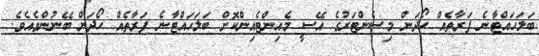
ބަލަހައްޓާނެ ފަރާތެއް ހޯދަން މިސެންޓަރުގެ އޭސީ މެއިންޓެއިންކޮށް ބަލަހައްޓާނެ ފަރާތެއް ހޯދަން ބޭނުންވެއެވެ.